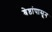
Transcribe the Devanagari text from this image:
श्रेष्ठांपासून